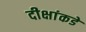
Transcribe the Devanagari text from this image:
दीक्षांकडे